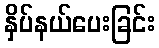
နှိပ်နယ်ပေးခြင်း